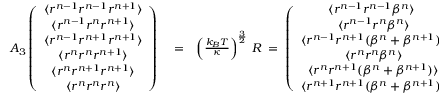
\begin{array} { r l r } { { \cal A } _ { 3 } \left( \begin{array} { c } { \langle r ^ { n - 1 } r ^ { n - 1 } r ^ { n + 1 } \rangle } \\ { \langle r ^ { n - 1 } r ^ { n } r ^ { n + 1 } \rangle } \\ { \langle r ^ { n - 1 } r ^ { n + 1 } r ^ { n + 1 } \rangle } \\ { \langle r ^ { n } r ^ { n } r ^ { n + 1 } \rangle } \\ { \langle r ^ { n } r ^ { n + 1 } r ^ { n + 1 } \rangle } \\ { \langle r ^ { n } r ^ { n } r ^ { n } \rangle } \end{array} \right) } & { { } = } & { \left( \frac { k _ { B } T } { \kappa } \right) ^ { \frac { 3 } { 2 } } \, { \cal R } \; = \; \left( \begin{array} { c } { \langle r ^ { n - 1 } r ^ { n - 1 } \beta ^ { n } \rangle \ } \\ { \langle r ^ { n - 1 } r ^ { n } \beta ^ { n } \rangle } \\ { \langle r ^ { n - 1 } r ^ { n + 1 } ( \beta ^ { n } + \beta ^ { n + 1 } ) \rangle } \\ { \langle r ^ { n } r ^ { n } \beta ^ { n } \rangle } \\ { \langle r ^ { n } r ^ { n + 1 } ( \beta ^ { n } + \beta ^ { n + 1 } ) \rangle } \\ { \langle r ^ { n + 1 } r ^ { n + 1 } ( \beta ^ { n } + \beta ^ { n + 1 } ) \rangle } \end{array} \right) \frac { c _ { 3 } \Delta { t } } { 2 m } \, , } \end{array}